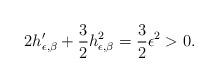
LaTeX: \begin{align*}2h_{\epsilon,\beta}'+\frac{3}{2}h_{\epsilon,\beta}^2=\frac{3}{2}\epsilon^2>0.\end{align*}